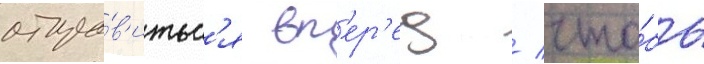
отпра́в'итьс'я вп'ер'ед / что́бы